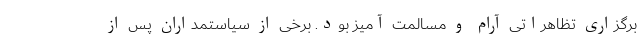
برگزاری تظاهراتی آرام و مسالمت آمیز بود. برخی از سیاستمداران پس از